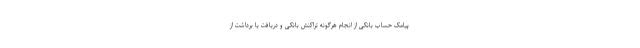
پیامک حساب بانکی از انجام هرگونه تراکنش بانکی و دریافت یا برداشت از